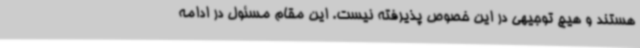
هستند و هیچ توجیهی در این خصوص پذیرفته نیست. این مقام مسئول در ادامه